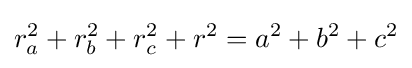
r_{a}^{2}+r_{b}^{2}+r_{c}^{2}+r^{2}=a^{2}+b^{2}+c^{2}